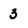
Character: 3